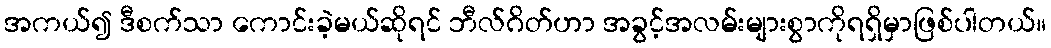
အကယ်၍ ဒီစက်သာ ကောင်းခဲ့မယ်ဆိုရင် ဘီလ်ဂိတ်ဟာ အခွင့်အလမ်းများစွာကိုရရှိမှာဖြစ်ပါတယ်။